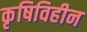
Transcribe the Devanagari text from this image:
कृषिविहीन